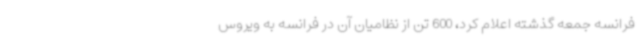
فرانسه جمعه گذشته اعلام کرد، 600 تن از نظامیان آن در فرانسه به ویروس